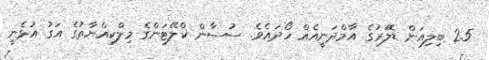
2.5 ބިލިއަން ޑޮލަރުގެ އާމްދަނީއެއް ހޯދައެވެ. ސުސާން ކްލޭޓަންގެ މިލްކިއްޔާތުގެ އަގު އުޅެނީ